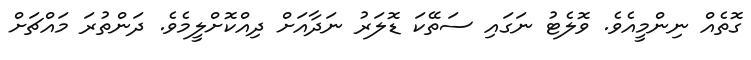
ގޮތެއް ނިންމީއެވެ. ވޮލެޓު ނަގައި ސަތޭކަ ޑޮލަރު ނަދާއަށް ދިއްކޮށްލީމެވެ. ދަންތުރަ މައްޗަށް